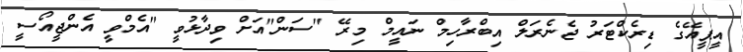
އީޕީއޭގެ ޑިރެކްޓަރު ޖެނެރަލް އިބްރާހިމް ނައީމް މިރޭ "ސަން"އަށް ވިދާޅުވީ "އެމްވީ އެންޖީއޯސީ